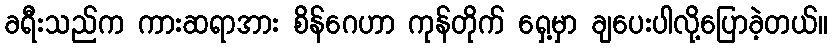
ခရီးသည်က ကားဆရာအား စိန်ဂေဟာ ကုန်တိုက် ရှေ့မှာ ချပေးပါလို့ပြောခဲ့တယ်။